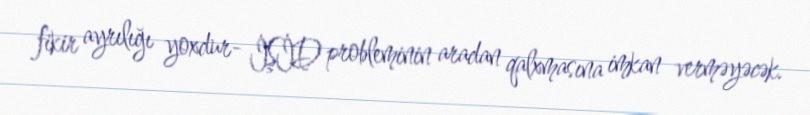
fikir ayrılığı yoxdur- İŞİD probleminin aradan qalxmasına imkan verməyəcək.